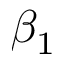
\beta _ { 1 }